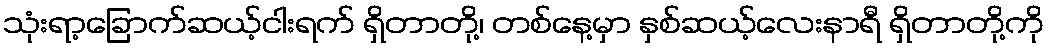
သုံးရာ့ခြောက်ဆယ့်ငါးရက် ရှိတာတို့၊ တစ်နေ့မှာ နှစ်ဆယ့်လေးနာရီ ရှိတာတို့ကို